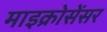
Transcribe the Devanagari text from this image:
माइक्रोसेंसर